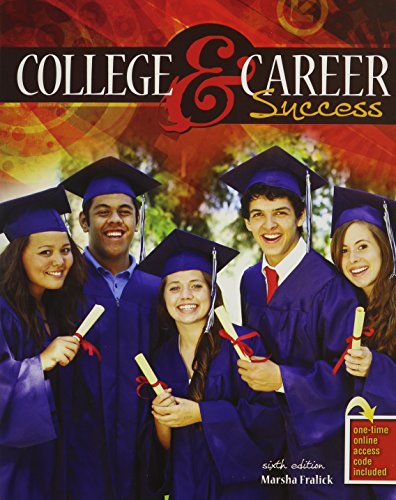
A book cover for College and Career Success - PAK; FRALICK  MARSHA; Test Preparation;